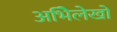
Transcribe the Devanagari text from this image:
अभिेलेखों